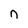
Character: n